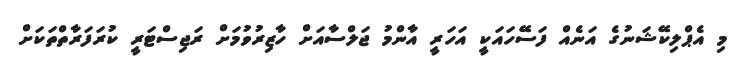
މި އެޕްލިކޭޝަނުގެ އަނެއް ފަސޭހައަކީ އަހަރީ އާންމު ޖަލްސާއަށް ހާޒިރުވުމަށް ރަޖިސްޓަރީ ކުރަފަރާތްތަކަށް